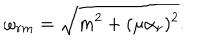
\omega _ { r m } = \sqrt { m ^ { 2 } + ( \mu \alpha _ { r } ) ^ { 2 } } .